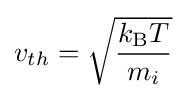
v_{th}={\sqrt {\frac {k_{\rm {B}}T}{m_{i}}}}